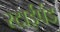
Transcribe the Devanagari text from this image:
स्टाईपंड